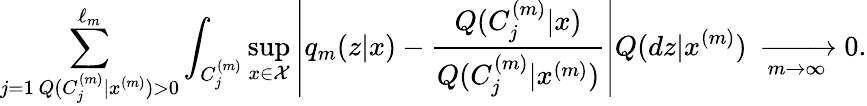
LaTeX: \sum_{\substack{j=1\, Q(C_{j}^{(m)}|x^{(m)})>0}}^{\ell_{m}}\int_{C_{j}^{(m)}}\operatorname*{sup}_{x\in\mathcal X}\left|q_{m}(z|x)-\frac{Q(C_{j}^{(m)}|x)}{Q(C_{j}^{(m)}|x^{(m)})}\right|Q(dz|x^{(m)})\; \xrightarrow[m\to\infty]\; 0.